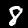
Label: 8